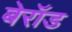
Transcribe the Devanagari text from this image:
बेरॉड